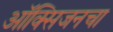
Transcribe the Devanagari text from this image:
ऑक्‍सिजनचा